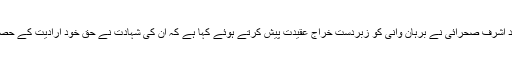
چیئرمین تحریک حریت جموں و کشمیر محمد اشرف صحرائی نے برہان وانی کو زبردست خراج عقیدت پیش کرتے ہوئے کہا ہے کہ ان کی شہادت نے حق خود ارادیت کے حصول کے لیے ایک نئے جذبے کو جنم دیا ہے۔